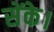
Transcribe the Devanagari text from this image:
सेंके।